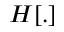
H [ . ]